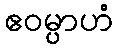
ဧဝမ္ပာဟံ